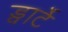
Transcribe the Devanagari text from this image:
ड्वार्टे